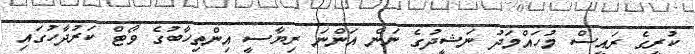
ކުރީގެ ރައީސް މުހައްމަދު ނަޝީދުގެ ނަން އަންނަ ރިޔާސީ އިންތިހާބުގެ ވޯޓް ކަރުދާހުގައި